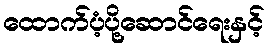
ထောက်ပံ့ပို့ဆောင်ရေးနှင့်